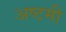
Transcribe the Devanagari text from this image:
अष्‍टमी